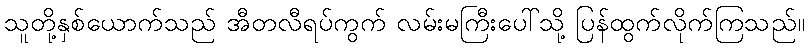
သူတို့နှစ်ယောက်သည် အီတလီရပ်ကွက် လမ်းမကြီးပေါ်သို့ ပြန်ထွက်လိုက်ကြသည်။